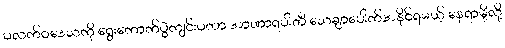
ပလက်ဝဒေသကို ရွေးကောက်ပွဲကျင်းပတာ အာဏာရပါတီ သေချာပေါက်အနိုင်ရမယ့် နေရာမို့လို့